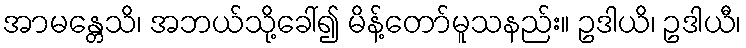
အာမန္တေသိ၊ အဘယ်သို့ခေါ်၍ မိန့်တော်မူသနည်း။ ဥဒါယိ၊ ဥဒါယီ၊